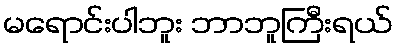
မရောင်းပါဘူး ဘာဘူကြီးရယ်